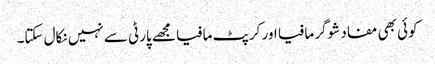
کوئی بھی مفاد شوگر مافیا اور کرپٹ مافیا مجھے پارٹی سے نہیں نکال سکتا۔